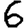
Digit: 6